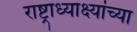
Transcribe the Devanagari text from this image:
राष्ट्राध्याक्ष्यांच्या